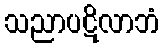
သညာပဋိလာဘံ